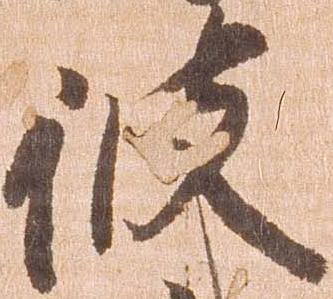
彼